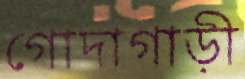
গোদাগাড়ী